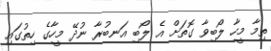
ތިމާ މީހާ ލޯބިވާ ގޮތަށް އެ ލޯބި އަނބުރާ ނުދޭ މީހާގެ ހިތުގައި